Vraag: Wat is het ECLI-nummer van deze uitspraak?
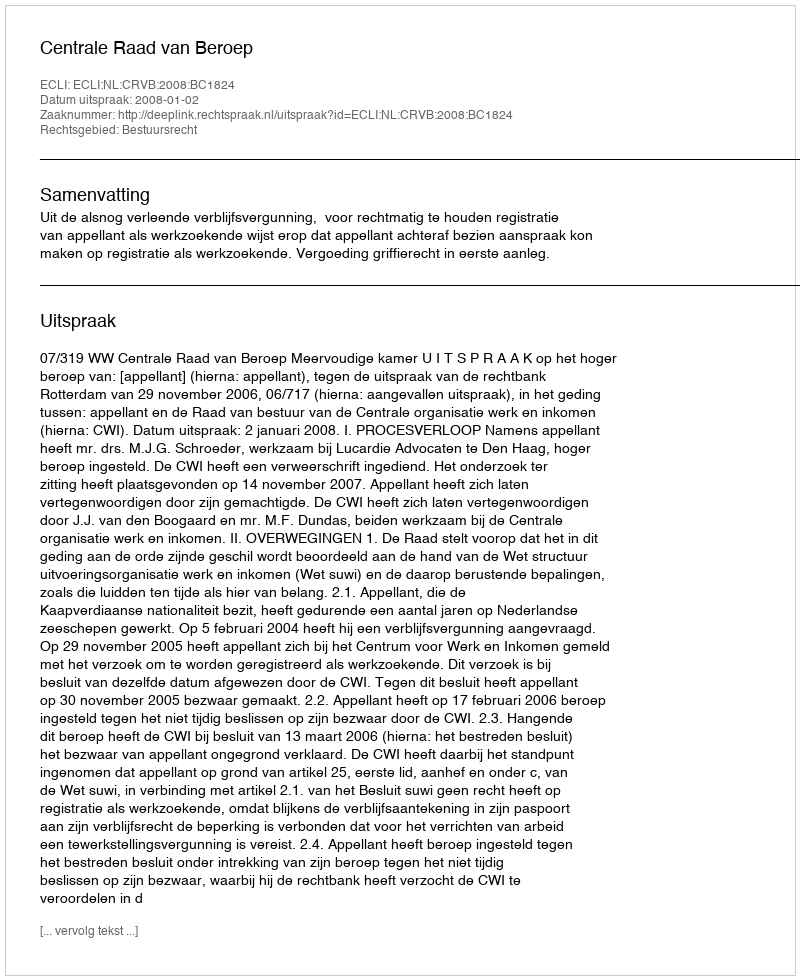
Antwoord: ECLI:NL:CRVB:2008:BC1824